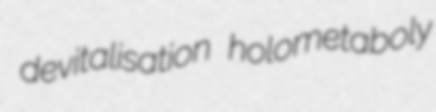
devitalisation holometaboly